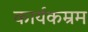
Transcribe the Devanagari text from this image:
कार्यकम्रम